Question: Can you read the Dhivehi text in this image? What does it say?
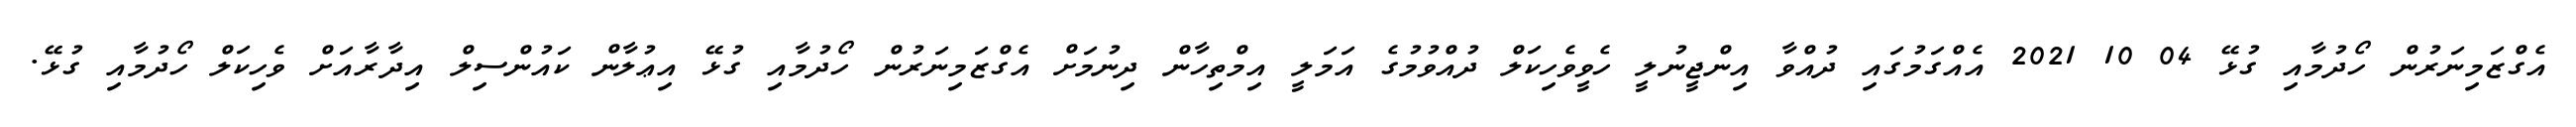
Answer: އެގްޒަމިނަރުން ހޯދުމާއި ގުޅޭ 04 10 2021 އެއްގަމުގައި ދުއްވާ އިންޖީނުލީ ހެވީވެހިކަލް ދުއްވުމުގެ އަމަލީ އިމްތިހާން ދިނުމަށް އެގްޒަމިނަރުން ހޯދުމާއި ގުޅޭ އިޢުލާން ކައުންސިލް އިދާރާއަށް ވެހިކަލް ހޯދުމާއި ގުޅޭ.